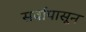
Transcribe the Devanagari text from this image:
सर्वांपासून